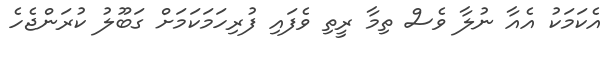
އެކަމަކު އެއާ ނުލާ ވެސް ތިމާ ރީތި ވެފައި ފުރިހަމަކަމަށް ގަބޫލު ކުރަންޖެހެ